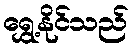
ရွှေ့နိုင်သည်